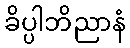
ခိပ္ပါဘိညာနံ